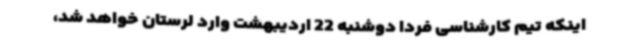
اینکه تیم کارشناسی فردا دوشنبه 22 اردیبهشت وارد لرستان خواهد شد،